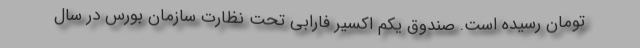
تومان رسیده است. صندوق یکم اکسیر فارابی تحت نظارت سازمان بورس در سال